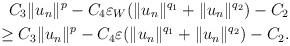
LaTeX: \begin{align*}&\phantom{=}C_3\|u_n\|^p-C_4\varepsilon_W(\|u_n\|^{q_1}+ \|u_n\|^{q_2})-C_2 \\&\geq C_3\|u_n\|^p-C_4\varepsilon (\|u_n\|^{q_1}+ \|u_n\|^{q_2})-C_2.\end{align*}